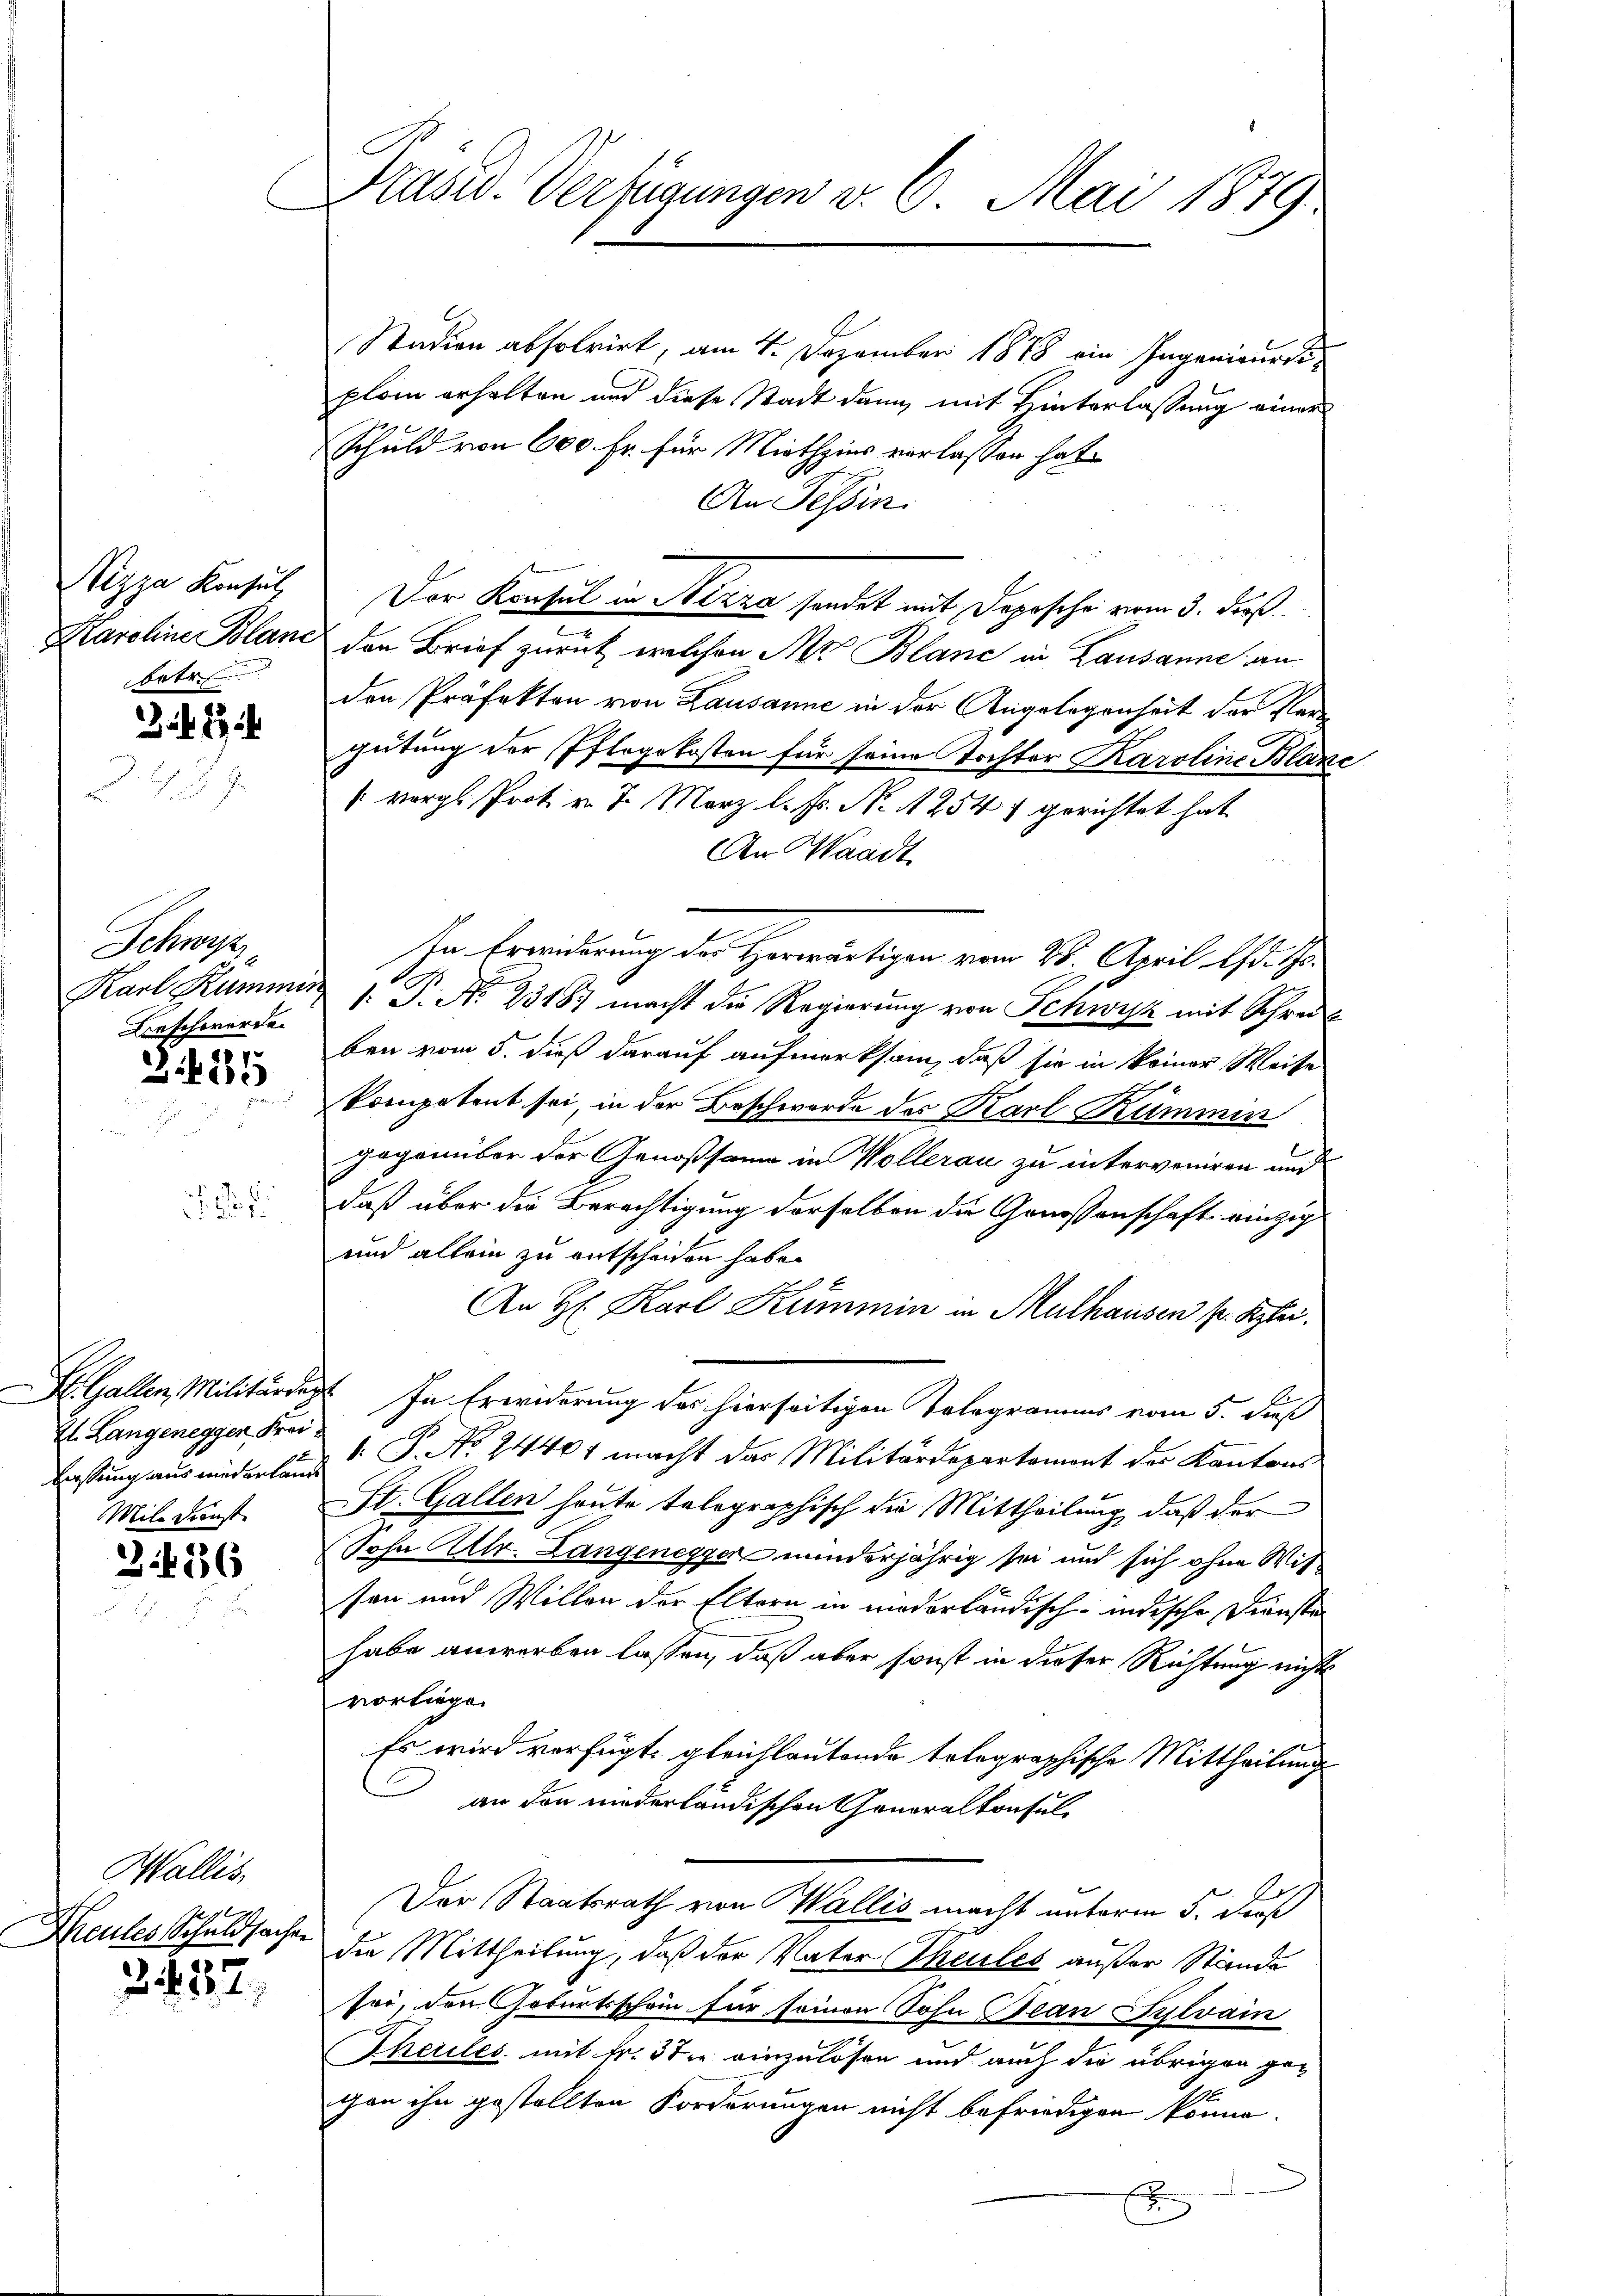
Nizza Konsul
betr

22

Schne
Beschwerde

2425

21. Langeneggen Frei¬
Mile Dunst

3. 426

Wallis,
Heules Schuldsachen

3432,

Präsid. Verfügungen v. 6. Mai 1879.

Stadien absolvirt, am 4. Dezember 1878 ein Ingenieursiplom erhalten und diese Stadt dann mit Hinterlassung einer
Schuld von 600 Fr. für Miethzins verlassen hat.
An Tessin
Karoline Bland den Brief zurück, welchen Nr Blanc in Lausanne an
den Präfekten von Lausanne in der Angelegenheit der Pare
gütung der Pflegekosten für seine Tochter Karoline Blanc
[ vergl. Prok. v. 7. März l. Fs. No. 1254) gerichtet hat
An Waadt
In Erwiderung der Herwärtigen vom 28. April lfd. Js.
Karl Kummer 1. P. No. 23187 macht die Regierung von Schwyz mit Schreit
ben vom 5. dieß darauf aufmerksam, daß sie in keiner Weise
kompetent sei, in der Beschworte des Karl Kümmin
gegenüber der Genossame in Wollerau zu interveniren und
daß über die Berechtigung derselben die Genossenschaft einzig
und allein zu entscheiden habe.
An H. Karl Kümmin in Mulhausen pr. Stei
H. Gallen, Militärregt. In Erwiderung des hierseitigen Telegramms vom 5. dieß
Lassung aus niederland  P. Nr. 24404 macht das Militärdepartament der Kantons
St. Gallen heute telegraphisch die Mittheilung, daß der
Sohn Mtr. Langenegger minderjährig sei und sich ohne Witsen und Willen der Eltern in niederländisch-indische Dienste
habe anwerben lassen, daß aber sonst in dieser Richtung nichts
vorliege.
Es wird verfügt, gleichlautende telegraphische Mittheilung
an den niederländischen Generalkonsul
Der Staatsrath von Wallis macht unterm 5. dieß
die Mittheilung, daß der Vater Theiles außer Stände
sei, den Geburtsschein für seinen Sohn Bean Sylvain
heiles mit Fr. 3 die einzulösen und auch die übrigen gegan ihn gestellten Forderungen nicht befriedigen könne.
E

Der Konsul in Nizza sendet mit Depesche vom 3. dieß